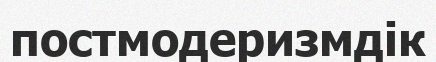
постмодеризмдік